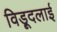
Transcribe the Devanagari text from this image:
विड़ूदलाई